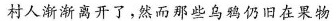
村人渐渐离开了，然而那些乌鸦仍旧在果物